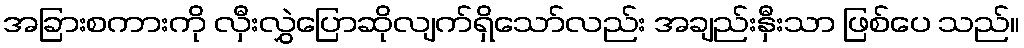
အခြားစကားကို လှီးလွှဲပြောဆိုလျက်ရှိသော်လည်း အချည်းနှီးသာ ဖြစ်ပေ သည်။